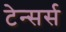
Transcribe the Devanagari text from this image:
टेन्सर्स